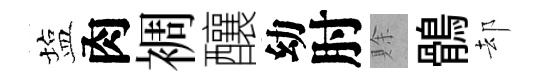
塩肉裯釀幼肘賖鶻却